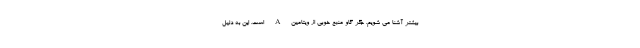
بیشتر آشنا می شویم. جگر گاو منبع خوبی از ویتامین A است. این به دلیل